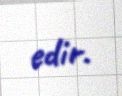
edir.